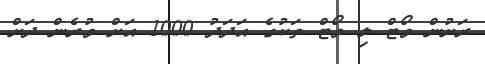
ރަށުން ވޯޓް ލި ވޯޓް ތަކުގެ އަދަދު 1000 އަށް ވުރެން ދަށް